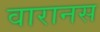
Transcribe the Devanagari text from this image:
वारानस